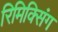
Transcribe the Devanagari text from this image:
रिमिक्सिंग